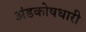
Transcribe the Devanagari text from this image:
अंडकोषधारी